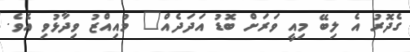
ގެދޮރު އެ ލިބޭ މިއީ ވަރަށް ބޮޑު އަދަދެއް" މުއިއްޒު ވިދާޅުވި އެވެ.